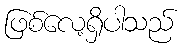
ဖြစ်လေ့ရှိပါသည်